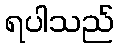
ရပါသည်